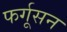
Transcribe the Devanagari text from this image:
फर्गूसन